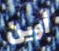
أوين